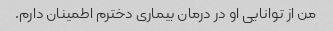
من از توانایی او در درمان بیماری دخترم اطمینان دارم.